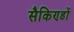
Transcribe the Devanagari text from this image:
सैकिण्डों